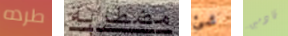
طرده مضطربة شئ قادمين